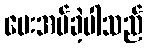
ပေးအပ်ခဲ့ပါသည်